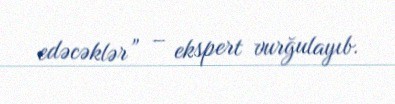
edəcəklər” – ekspert vurğulayıb.